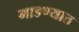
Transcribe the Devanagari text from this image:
माडण्यात